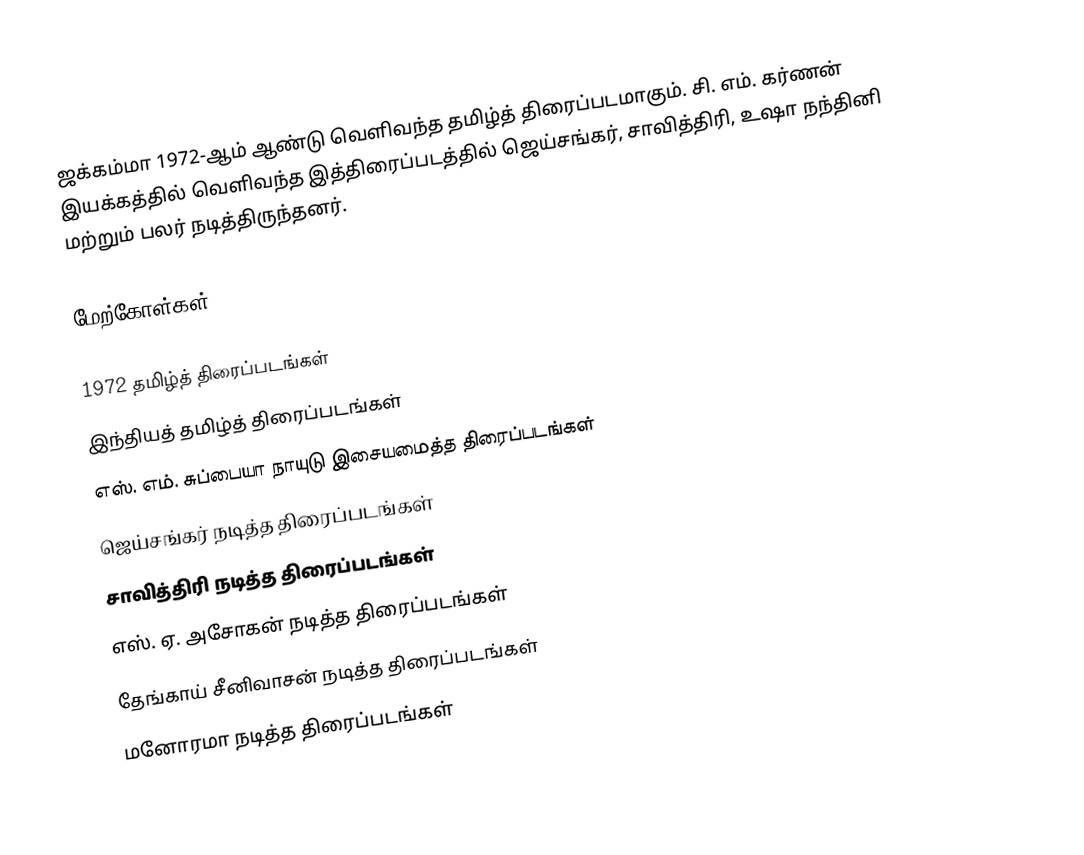
ஜக்கம்மா 1972-ஆம் ஆண்டு வெளிவந்த தமிழ்த் திரைப்படமாகும். சி. எம். கர்ணன் இயக்கத்தில் வெளிவந்த இத்திரைப்படத்தில் ஜெய்சங்கர், சாவித்திரி, உஷா நந்தினி மற்றும் பலர் நடித்திருந்தனர்.

மேற்கோள்கள்

1972 தமிழ்த் திரைப்படங்கள்
இந்தியத் தமிழ்த் திரைப்படங்கள்
எஸ். எம். சுப்பையா நாயுடு இசையமைத்த திரைப்படங்கள்
ஜெய்சங்கர் நடித்த திரைப்படங்கள்
சாவித்திரி நடித்த திரைப்படங்கள்
எஸ். ஏ. அசோகன் நடித்த திரைப்படங்கள்
தேங்காய் சீனிவாசன் நடித்த திரைப்படங்கள்
மனோரமா நடித்த திரைப்படங்கள்